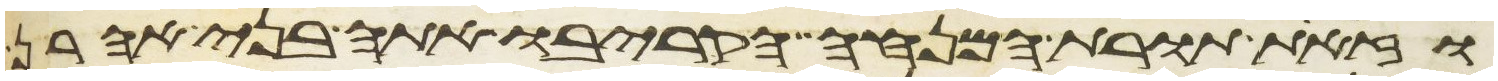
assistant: וזאת תורת המנחה הקריבו אתה בני אהרן